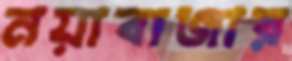
নয়াবাজার